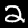
Label: 2